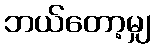
ဘယ်တော့မျှ